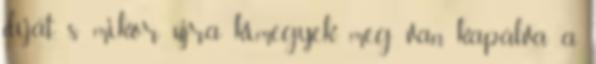
díját, s mikor újra kimegyek, meg van kapálva a